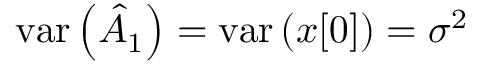
\mathrm { v a r } \left( { \hat { A } } _ { 1 } \right) = \mathrm { v a r } \left( x [ 0 ] \right) = \sigma ^ { 2 }